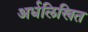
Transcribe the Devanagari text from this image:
अर्धलिखित